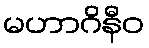
မဟာဂိနီဝ